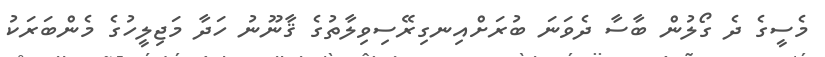
މެސީގެ ދެ ގޯލުން ބާސާ ދެވަނަ ބުރަށްއިނގިރޭސިވިލާތުގެ ޤާނޫނު ހަދާ މަޖިލީހުގެ މެންބަރަކު